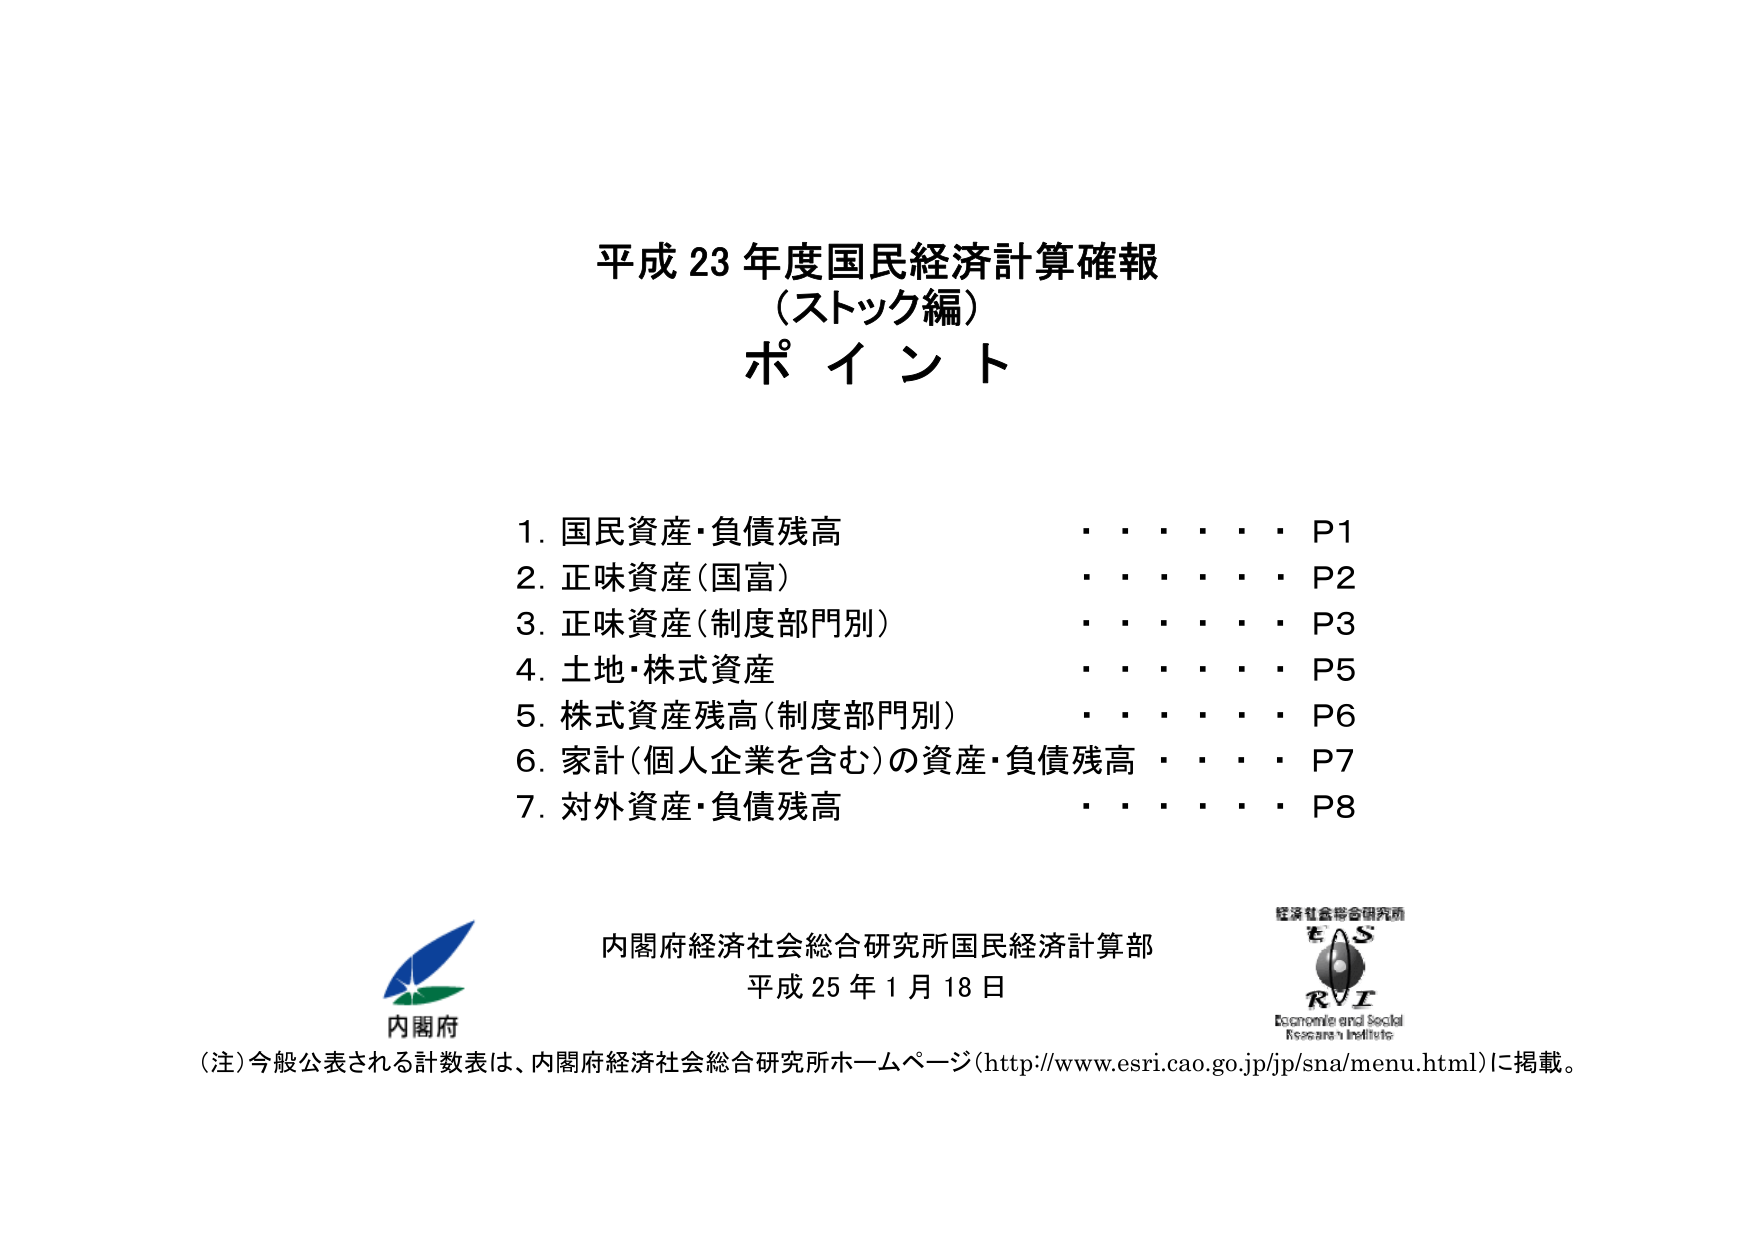
平成23年度国民経済計算確報
（ストック編）
ポイント

1. 国民資産・負債残高　　　　　　　　　　　P1
2. 正味資産（国富）　　　　　　　　　　　　P2
3. 正味資産（制度部門別）　　　　　　　　　P3
4. 土地・株式資産　　　　　　　　　　　　　P5
5. 株式資産残高（制度部門別）　　　　　　　P6
6. 家計（個人企業を含む）の資産・負債残高　P7
7. 対外資産・負債残高　　　　　　　　　　　P8

内閣府経済社会総合研究所国民経済計算部
平成25年1月18日

（注）今般公表される計数表は、内閣府経済社会総合研究所ホームページ（http://www.esri.cao.go.jp/jp/sna/menu.html）に掲載。

内閣府
経済社会総合研究所
E S R I
Economic and Social
Research Institute